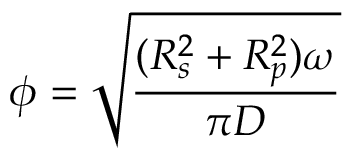
\phi = \sqrt { \frac { ( R _ { s } ^ { 2 } + R _ { p } ^ { 2 } ) \omega } { \pi D } }